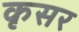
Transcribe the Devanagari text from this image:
कृसर